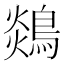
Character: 𪂈